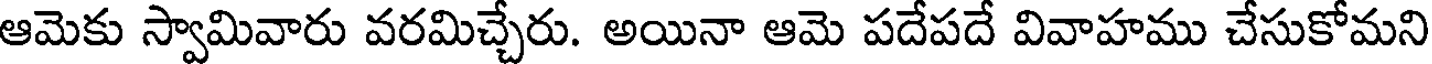
ఆమెకు స్వామివారు వరమిచ్చేరు. అయినా ఆమె పదేపదే వివాహము చేసుకోమని